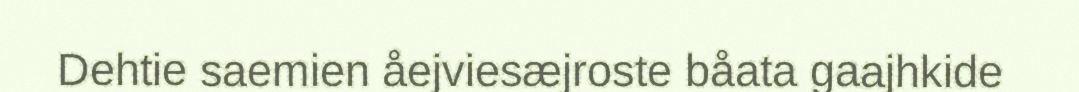
Dehtie saemien åejviesæjroste båata gaajhkide